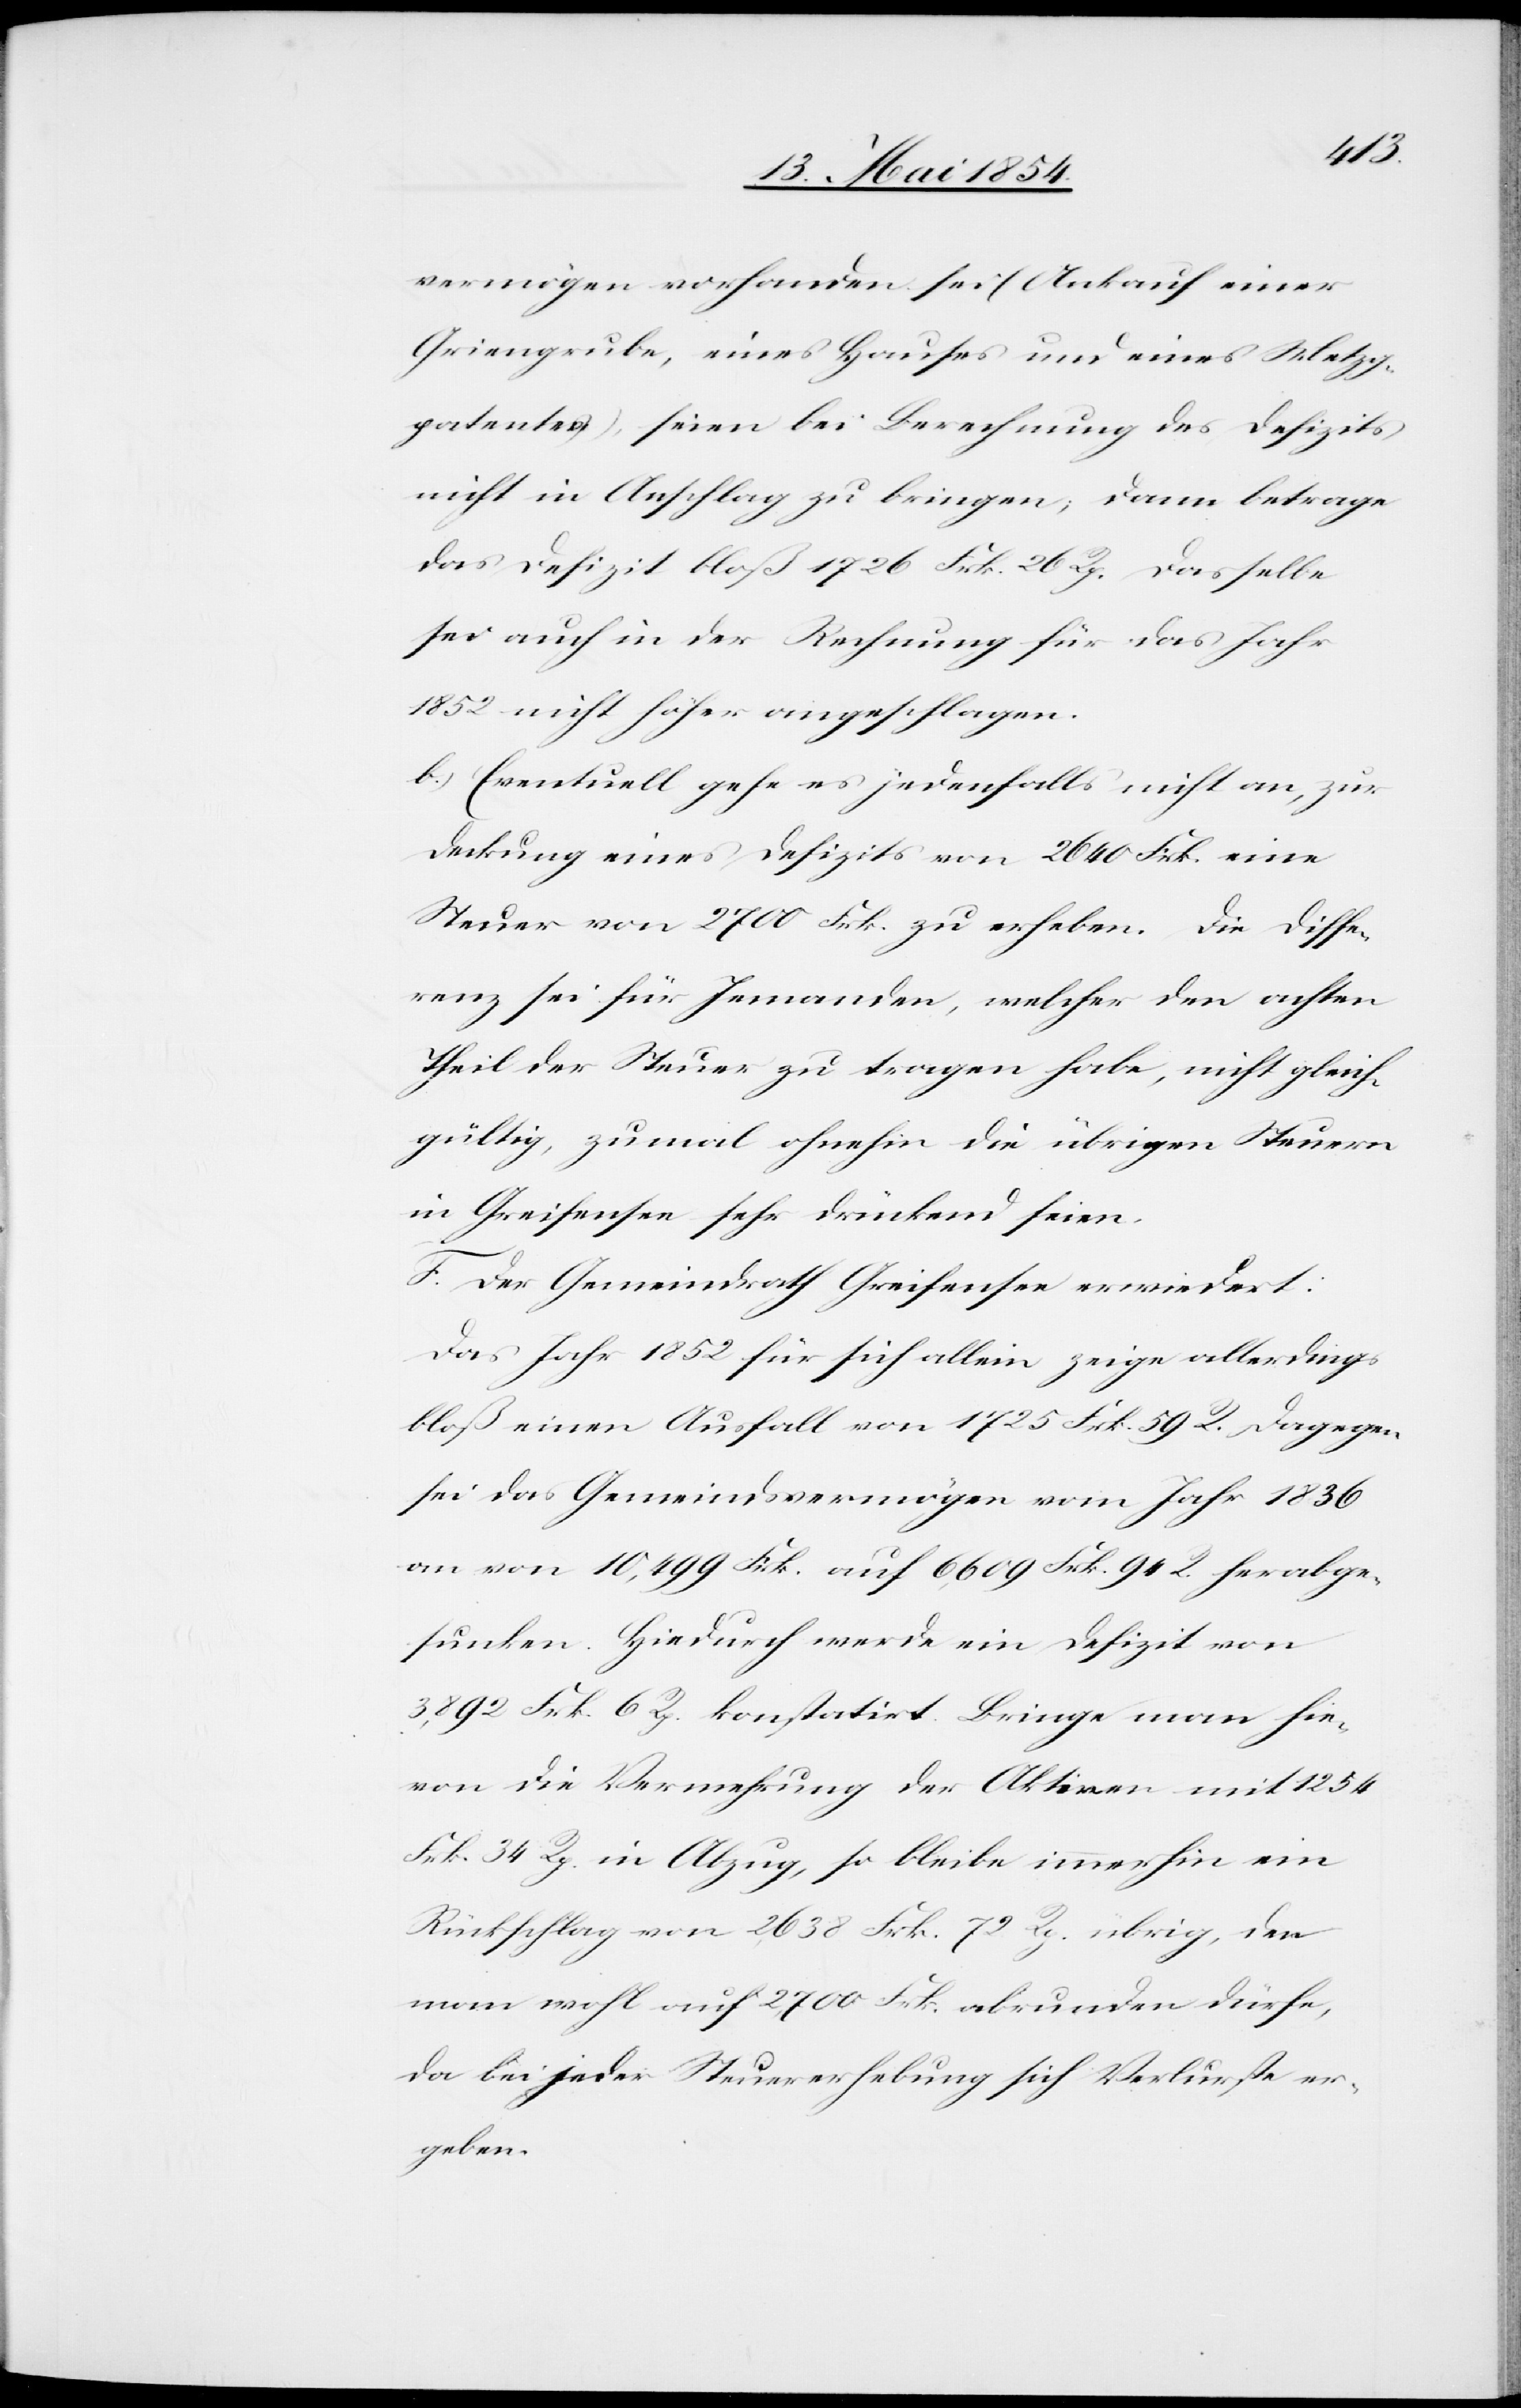
vermögen vorhanden sei (Ankauf einer
Griengrube, eines Hauses und eines Metzg¬
patentes), seien bei Berechnung des Defizits
nicht in Anschlag zu bringen; dann betrage
das Defizit bloß 1726 Frk. 26 Rp. Dasselbe
sei auch in der Rechnung für das Jahr
1852 nicht höher angeschlagen.
b.) Eventuell gehe es jedenfalls nicht an, zur
Deckung eines Defizits von 2640 Frk. eine
Steuer von 2700 Frk. zu erheben. Die Diffe¬
renz sei für Jemanden, welcher den achten
Theil der Steuer zu tragen habe, nicht gleich¬
gültig, zumal ohnehin die übrigen Steuern
in Greifensee sehr drückend seien.
F. Der Gemeindrath Greifensee erwiedert:
Das Jahr 1852 für sich allein zeige allerdings
bloß einen Ausfall von 1725 Frk. 59 Rp. Dagegen
sei das Gemeindsvermögen vom Jahr 1836
an von 10,499 Frk. auf 6,609 Frk. 94 Rp. herabge¬
sunken. Hiedurch werde ein Defizit von
3,892 Frk. 6 Rp. konstatirt. Bringe man hie¬
von die Vermehrung der Aktiven mit 1254
Frk. 34 Rp. in Abzug, so bleibe immerhin ein
Rückschlag von 2,638 Frk. 72 Rp. übrig, den
man wohl auf 2,700 Frk. abrunden dürfe,
da bei jeder Steuererhebung sich Verlurste er¬
geben.